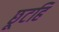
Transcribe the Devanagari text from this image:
छूटहिं